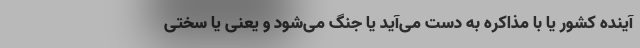
آینده کشور یا با مذاکره به دست می‌آید یا جنگ می‌شود و یعنی یا سختی